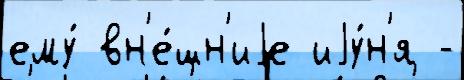
ему́ вн'е́шн'иjе иjу́н'я -